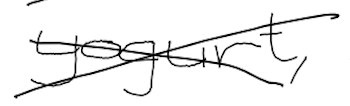
Text: yogurt,
Cross-out: cross
Writing tool: digital_black